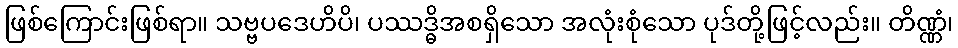
ဖြစ်ကြောင်းဖြစ်ရာ။ သဗ္ဗပဒေဟိပိ၊ ပဿဒ္ဓိအစရှိသော အလုံးစုံသော ပုဒ်တို့ဖြင့်လည်း။ တိဏ္ဏံ၊